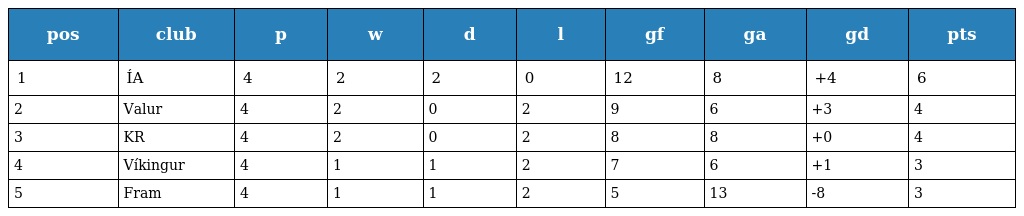
| pos | club | p | w | d | l | gf | ga | gd | pts |
 | --- | --- | --- | --- | --- | --- | --- | --- | --- | --- |
 | 1 | ÍA | 4 | 2 | 2 | 0 | 12 | 8 | +4 | 6 |
 | 2 | Valur | 4 | 2 | 0 | 2 | 9 | 6 | +3 | 4 |
 | 3 | KR | 4 | 2 | 0 | 2 | 8 | 8 | +0 | 4 |
 | 4 | Víkingur | 4 | 1 | 1 | 2 | 7 | 6 | +1 | 3 |
 | 5 | Fram | 4 | 1 | 1 | 2 | 5 | 13 | -8 | 3 |